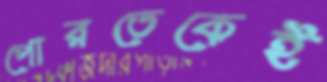
পোরতেকেই